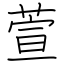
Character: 萱